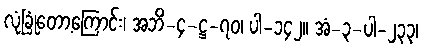
လုံခြုံတော့ကြောင်း၊ အဘိ-၄-ဋ္ဌ-၇၀၊ ပါ-၁၄၂။ အံ-၃-ပါ-၂၃၃၊